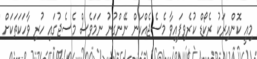
މިއީ ކޮންއިރަކު ރެކޯޑް ކުރެވިފައިވާ މެސެޖެއްކަން ނޭންގުނު ނަމަވެސް މެސެޖުގައި ހުރި ވާހަކަތަކަށް